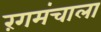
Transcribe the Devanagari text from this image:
रंगमंचाला